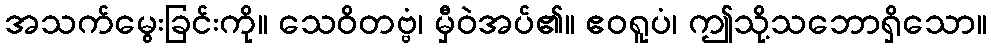
အသက်မွေးခြင်းကို။ သေဝိတဗ္ဗံ၊ မှီဝဲအပ်၏။ ဧဝရူပံ၊ ဤသို့သဘောရှိသော။